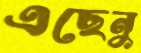
এছেনু